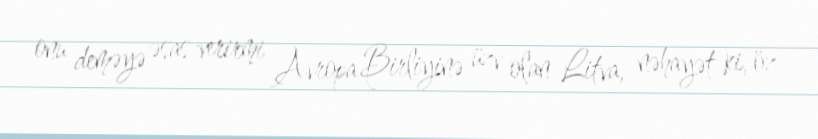
onu deməyə əsas verirmi Avropa Birliyinə üzv olan Litva, nəhayət ki, öz